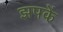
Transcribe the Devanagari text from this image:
झपकें